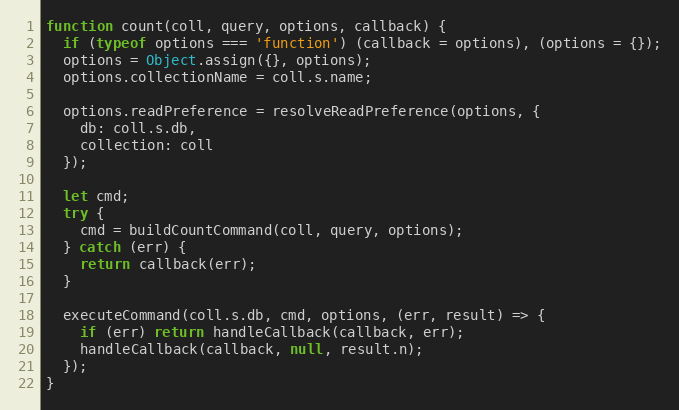
Language: JavaScript
function count(coll, query, options, callback) {
  if (typeof options === 'function') (callback = options), (options = {});
  options = Object.assign({}, options);
  options.collectionName = coll.s.name;

  options.readPreference = resolveReadPreference(options, {
    db: coll.s.db,
    collection: coll
  });

  let cmd;
  try {
    cmd = buildCountCommand(coll, query, options);
  } catch (err) {
    return callback(err);
  }

  executeCommand(coll.s.db, cmd, options, (err, result) => {
    if (err) return handleCallback(callback, err);
    handleCallback(callback, null, result.n);
  });
}